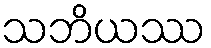
သဘိယဿ